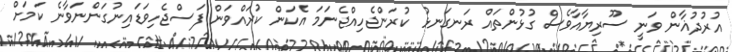
އުރުދުޣާން ވަނީ ސޫރިޔާއާވެސް ގުޅުންތައް ރަނގަނޅު ކުރަންޖެހިއްޖެނަމަ އެކަން ކުރައްވަން ފަސްޖެހިވަޑައިނުގަންނަވާނެ ކަމަށް